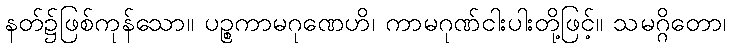
နတ်၌ဖြစ်ကုန်သော။ ပဉ္စကာမဂုဏေဟိ၊ ကာမဂုဏ်ငါးပါးတို့ဖြင့်။ သမဂ္ဂိတော၊